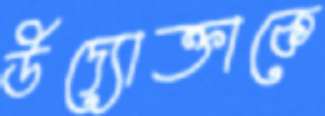
উদ্যোক্তাকে